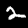
Digit: 2